Document type: Acquittal of debt
Year: 1424
Scribe: Francesc de Casanoves
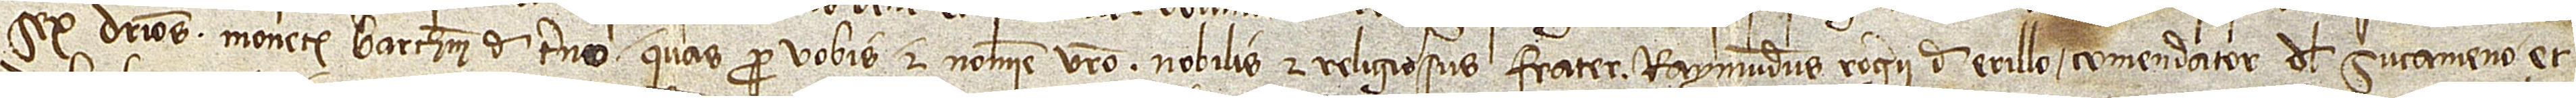
sex denarios monete barchinonensium de terno quas pro vobis et nomine vestro nobilis et religiosis frater Raymundus Rogerii de Erillo, comendator del Sucameno et